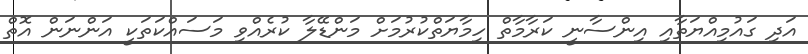
އަދި ގައުމިއްޔަތާއި އިންސާނީ ކަރާމާތް ހިމާޔަތްކުރުމަށް މަންޑޭލާ ކުރެއްވި މަސައްކަތަކީ އަންނަން އޮތް